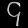
Digit: ၄